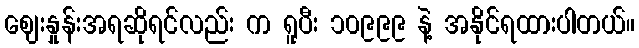
ဈေးနှုန်းအရဆိုရင်လည်း က ရူပီး ၁၀၉၉၉ နဲ့ အနိုင်ရထားပါတယ်။